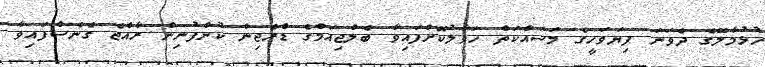
ހުޅުމާލޭގެ ދެވަނަ ފިޔަވަހީގެ މަސައްކަތް ހަވާލުކޮށްފައިވާ ބެލްޖިއަމްގެ ޑްރެޖިން ކުންފުނިން ރާއްޖެ ގެނެސްފައިވާ